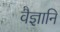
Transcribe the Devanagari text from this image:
वैज्ञानि